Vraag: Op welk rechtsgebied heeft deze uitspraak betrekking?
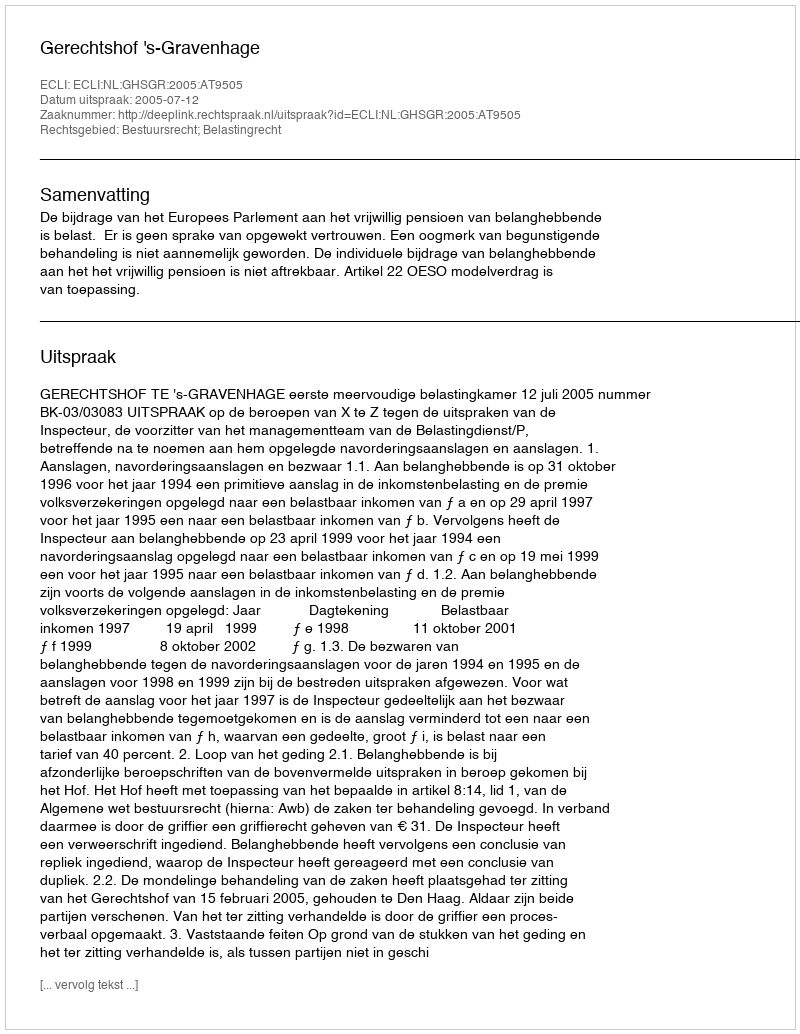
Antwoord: Bestuursrecht; Belastingrecht